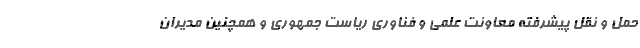
حمل و نقل پیشرفته معاونت علمی و فناوری ریاست جمهوری و همچنین مدیران